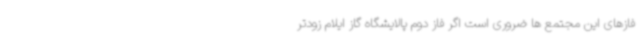
فازهای این مجتمع ها ضروری است اگر فاز دوم پالایشگاه گاز ایلام زودتر